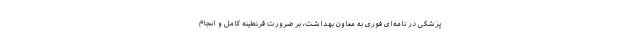
پزشکی در نامه‌ای فوری به معاون بهداشت، بر ضرورت قرنطینه کامل و انجام